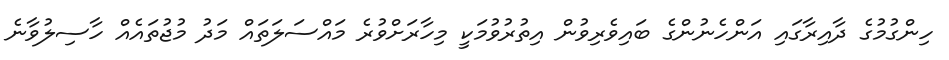
ހިންގުމުގެ ދާއިރާގައި އަންހެނުންގެ ބައިވެރިވުން އިތުރުވުމަކީ މިހާރަށްވުރެ މައްސަލަތައް މަދު މުޖުތައެއް ހާސިލުވާނެ